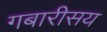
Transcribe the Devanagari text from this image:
गबारीसय